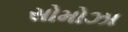
સોમોઝા